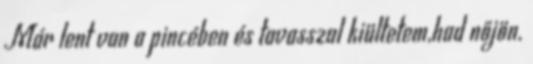
Már lent van a pincében és tavasszal kiültetem,had nőjön.